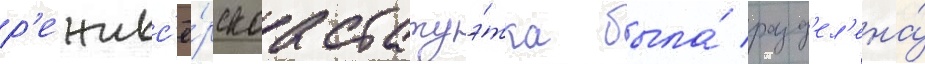
р'ежисс'ё́рскаа статуэ́тка была́ разд'ел'ена́